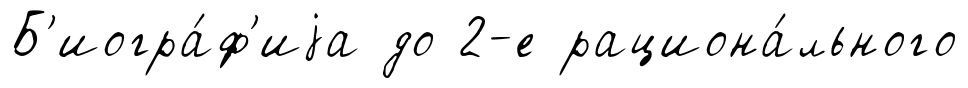
Б'иогра́ф'иjа до 2-е рациона́льного